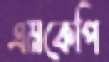
এমকেপি